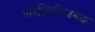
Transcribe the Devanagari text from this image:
परिस्थितिजनक